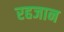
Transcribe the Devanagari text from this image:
रहजान